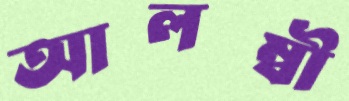
আলম্বী